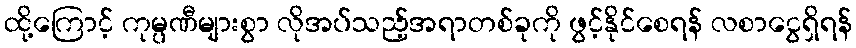
ထို့ကြောင့် ကုမ္ပဏီများစွာ လိုအပ်သည့်အရာတစ်ခုကို ဖွင့်နိုင်စေရန် လစာငွေရှိရန်